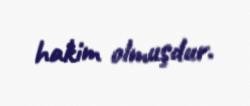
hakim olmuşdur.